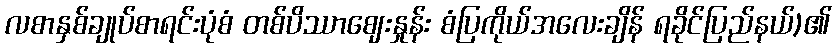
လစာနှစ်ချုပ်စာရင်းပုံစံ တစ်ပိဿာဈေးနှုန်း စံပြကိုယ်အလေးချိန် ရခိုင်ပြည်နယ်)၏